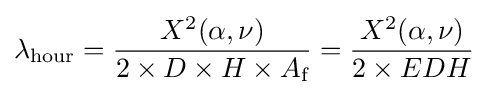
\lambda _{\text{hour}}={\frac {X^{2}(\alpha ,\nu )}{2\times D\times H\times A_{\text{f}}}}={\frac {X^{2}(\alpha ,\nu )}{2\times EDH}}